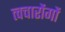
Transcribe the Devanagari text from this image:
त्वचारोंगों